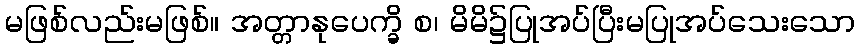
မဖြစ်လည်းမဖြစ်။ အတ္တာနုပေက္ခိ စ၊ မိမိ၌ပြုအပ်ပြီးမပြုအပ်သေးသော